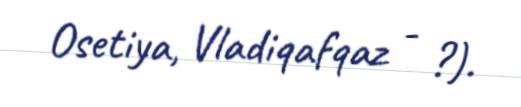
Osetiya, Vladiqafqaz - ?).